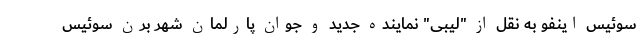
سوئیس اینفو به نقل از "لیبی" نماینده جدید و جوان پارلمان شهر برن سوئیس